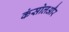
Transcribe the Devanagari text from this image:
कंसोलऔर